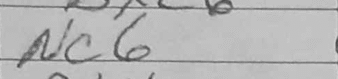
Transcription: Nc6